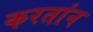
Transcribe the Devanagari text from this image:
करतांन